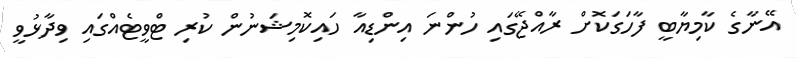
އޭނާގެ ކާމިޔާބީ ފާހަގަކޮށް ރާއްޖޭގައި ހުންނަ އިންޑިއާ ހައިކޮމިޝަނުން ކުރި ޓްވީޓެއްގައި ވިދާޅުވީ